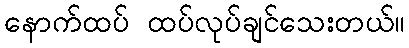
နောက်ထပ် ထပ်လုပ်ချင်သေးတယ်။